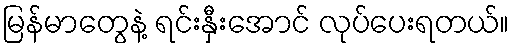
မြန်မာတွေနဲ့ ရင်းနှီးအောင် လုပ်ပေးရတယ်။